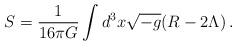
\begin{align*}S = \frac{1}{16\pi G} \int d^3x \sqrt{-g}(R - 2\Lambda)\,. \end{align*}